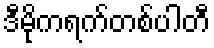
ဒီမိုကရက်တစ်ပါတီ